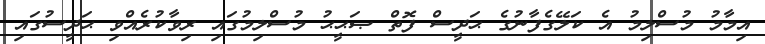
އިމާމު މުސްލިމު އެ ކަލޭގެފާނުގެ ޙަދީސް ފޮތް ޞަޙީޙު މުސްލިމުގައި ރިވާކުރެއްވި ޙަދީސުގައި